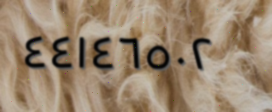
٤٤١٤٦٥٠٢